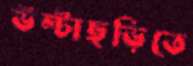
উল্টাছড়িতে